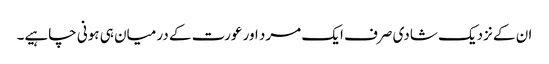
ان کے نزدیک شادی صرف ایک مرد اور عورت کے درمیان ہی ہونی چاہیے۔